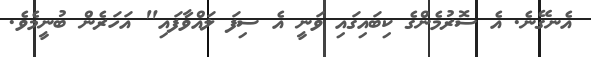
އެނގޭނެ. އެ ސޮރުމެންގެ ކިބައިގައި ވަނީ އެ ސިފަ ލައްވާފައި" އަހަރެން ބުނީމެވެ.